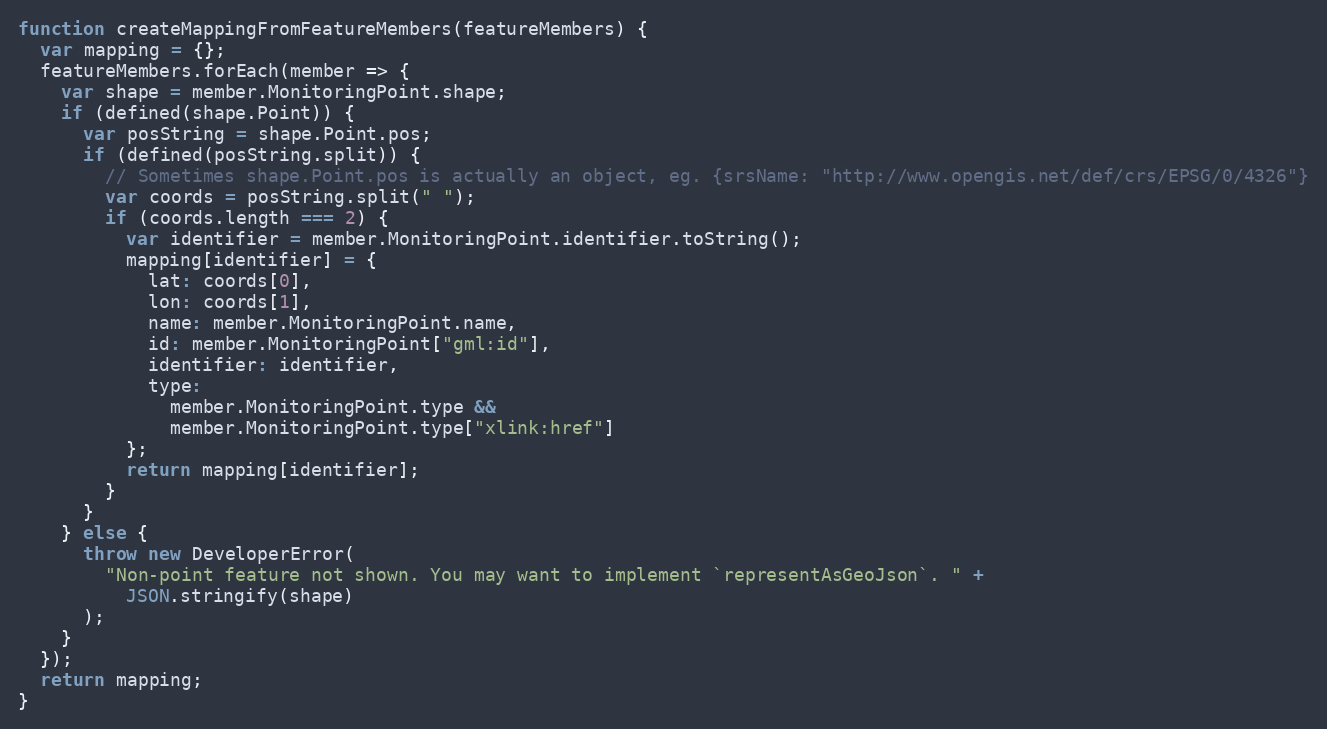
Language: JavaScript
function createMappingFromFeatureMembers(featureMembers) {
  var mapping = {};
  featureMembers.forEach(member => {
    var shape = member.MonitoringPoint.shape;
    if (defined(shape.Point)) {
      var posString = shape.Point.pos;
      if (defined(posString.split)) {
        // Sometimes shape.Point.pos is actually an object, eg. {srsName: "http://www.opengis.net/def/crs/EPSG/0/4326"}
        var coords = posString.split(" ");
        if (coords.length === 2) {
          var identifier = member.MonitoringPoint.identifier.toString();
          mapping[identifier] = {
            lat: coords[0],
            lon: coords[1],
            name: member.MonitoringPoint.name,
            id: member.MonitoringPoint["gml:id"],
            identifier: identifier,
            type:
              member.MonitoringPoint.type &&
              member.MonitoringPoint.type["xlink:href"]
          };
          return mapping[identifier];
        }
      }
    } else {
      throw new DeveloperError(
        "Non-point feature not shown. You may want to implement `representAsGeoJson`. " +
          JSON.stringify(shape)
      );
    }
  });
  return mapping;
}